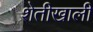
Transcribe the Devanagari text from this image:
शेतीखाली